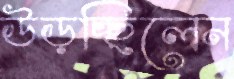
উড়চ্ছিলেন